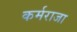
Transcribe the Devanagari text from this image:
कर्मराजा